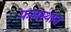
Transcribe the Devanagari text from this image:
फलस्थान